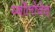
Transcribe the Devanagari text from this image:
र्य्बोलोवेव्